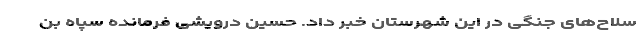
سلاح‌های جنگی در این شهرستان خبر داد. حسین درویشی فرمانده سپاه بن